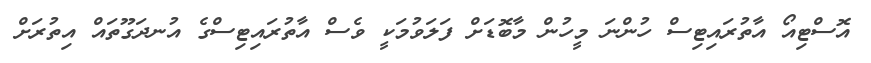
އޮސްޓިއޯ އާތުރައިޓިސް ހުންނަ މީހުން މާބޮޑަށް ފަލަވުމަކީ ވެސް އާތުރައިޓިސްގެ އުނދަގޫތައް އިތުރަށް